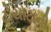
ટોયોટાની